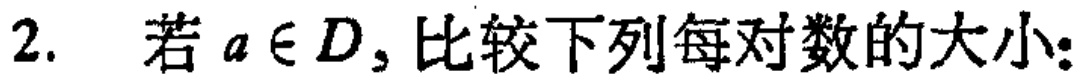
2. 若 \(a\in D\), 比较下列每对数的大小：